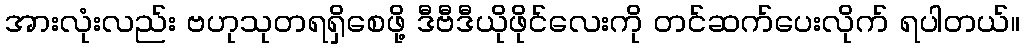
အားလုံးလည်း ဗဟုသုတရရှိစေဖို့ ဒီဗီဒီယိုဖိုင်လေးကို တင်ဆက်ပေးလိုက် ရပါတယ်။